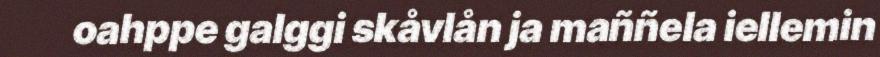
oahppe galggi skåvlån ja maññela iellemin